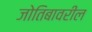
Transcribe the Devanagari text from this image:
जोतिबावरील